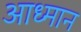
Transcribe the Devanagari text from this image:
आध्मान